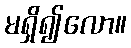
မရှိ၍လော။